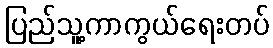
ပြည်သူ့ကာကွယ်ရေးတပ်